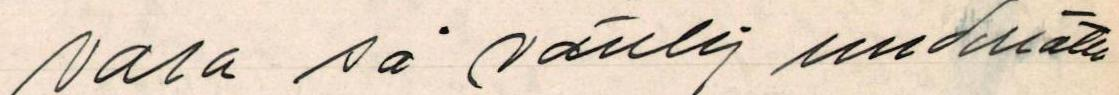
vara så vänlig underrätta